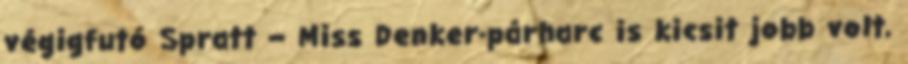
végigfutó Spratt – Miss Denker-párharc is kicsit jobb volt,